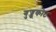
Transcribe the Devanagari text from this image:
गुज्डूकोट